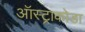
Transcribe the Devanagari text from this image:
ऑस्ट्राकोडा